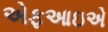
એફઆઇએ